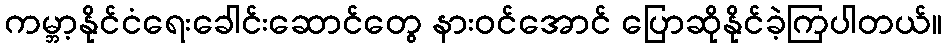
ကမ္ဘာ့နိုင်ငံရေးခေါင်းဆောင်တွေ နားဝင်အောင် ပြောဆိုနိုင်ခဲ့ကြပါတယ်။